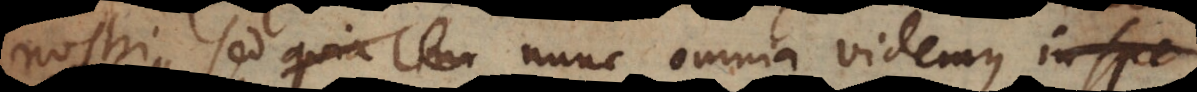
nostri, sed quia nunc omnia videmus in spe